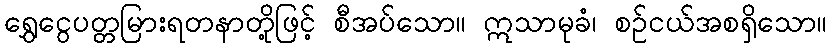
ရွှေငွေပတ္တမြားရတနာတို့ဖြင့် စီအပ်သော။ ဣသာမုခံ၊ စဉ်ငယ်အစရှိသော။